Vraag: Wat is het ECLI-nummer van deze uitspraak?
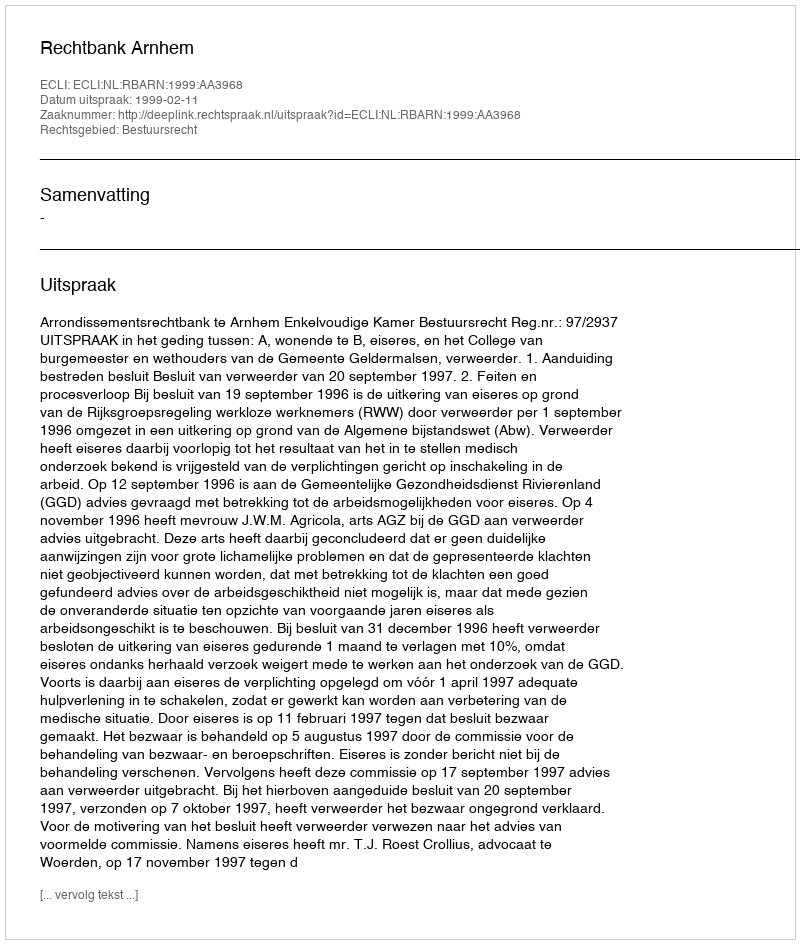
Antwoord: ECLI:NL:RBARN:1999:AA3968